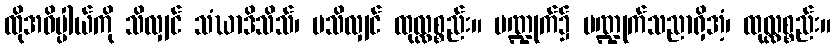
ထိုအဓိပ္ပါယ်ကို သိလျှင် သံဃာဒိသိသ်၊ မသိလျှင် ထုလ္လစ္စည်း။ ပဏ္ဍုက်၌ ပဏ္ဍုက်သညာရှိအံ့၊ ထုလ္လစ္စည်း။